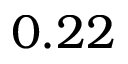
0 . 2 2